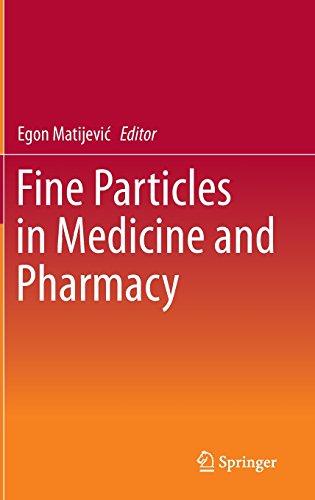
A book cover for Fine Particles in Medicine and Pharmacy; Science & Math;